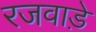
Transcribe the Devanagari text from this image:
रजवाडे़